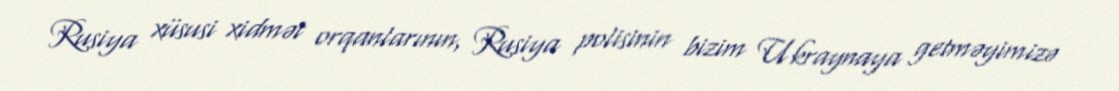
Rusiya xüsusi xidmət orqanlarının, Rusiya polisinin bizim Ukraynaya getməyimizə